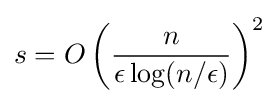
\displaystyle s=O\left({\frac {n}{\epsilon \log(n/\epsilon )}}\right)^{2}